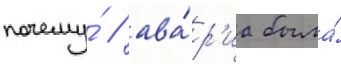
почему́ / ава́р'иа была́